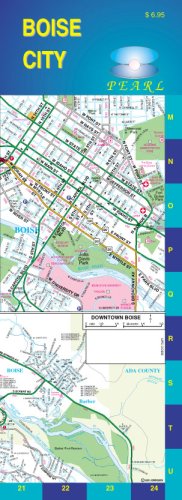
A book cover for Boise, Idaho Pearl Map; GM Johnson & Associates Ltd; Travel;